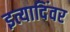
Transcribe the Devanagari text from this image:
इत्यादिंवर